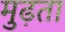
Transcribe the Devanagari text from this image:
मुढ़ता